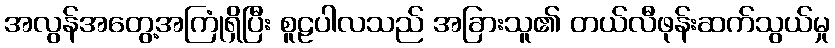
အလွန်အတွေ့အကြုံရှိပြီး စူဠပါလသည် အခြားသူ၏ တယ်လီဖုန်းဆက်သွယ်မှု